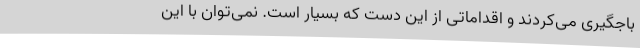
باجگیری می‌کردند و اقداماتی از این دست که بسیار است. نمی‌توان با این